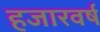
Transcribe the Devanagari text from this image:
हजारवर्ष